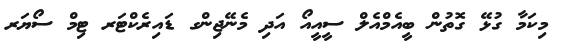
މިކަމާ ގުޅޭ ގޮތުން ބީއެމްއެލް ސީއީއޯ އަދި މެނޭޖިންގ ޑައިރެކްޓަރ ޓިމް ސޯޔަރ